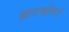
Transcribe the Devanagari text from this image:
हारमोन।